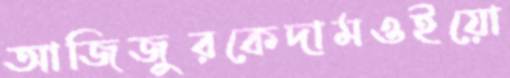
আজিজুরকেদামওইয়ো